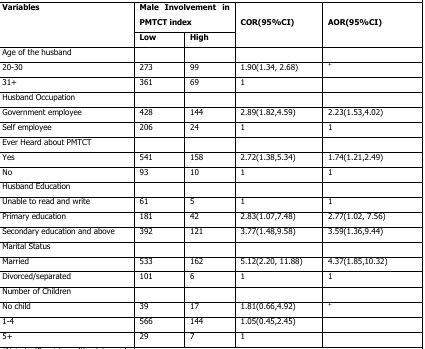
| <ROWSPAN=2> Variables | <COLSPAN=2> Male Involvement in PMTCT index | <ROWSPAN=2> COR(95%CI) | <ROWSPAN=2> AOR(95%CI) |
 | Low | High |
 | --- | --- | --- | --- | --- |
 | Age of the husband |  |  |  |  |
 | 20-30 | 273 | 99 | 1.90(1.34, 2.68) | + |
 | 31+ | 361 | 69 | 1 |  |
 | Husband Occupation |  |  |  |  |
 | Government employee | 428 | 144 | 2.89(1.82,4.59) | 2.23(1.53,4.02) |
 | Self employee | 206 | 24 | 1 | 1 |
 | Ever Heard about PMTCT |  |  |  |  |
 | Yes | 541 | 158 | 2.72(1.38,5.34) | 1.74(1.21,2.49) |
 | No | 93 | 10 | 1 | 1 |
 | Husband Education |  |  |  |  |
 | Unable to read and write | 61 | 5 | 1 | 1 |
 | Primary education | 181 | 42 | 2.83(1.07,7.48) | 2.77(1.02, 7.56) |
 | Secondary education and above | 392 | 121 | 3.77(1.48,9.58) | 3.59(1.36,9.44) |
 | Marital Status |  |  |  |  |
 | Married | 533 | 162 | 5.12(2.20, 11.88) | 4.37(1.85,10.32) |
 | Divorced/separated | 101 | 6 | 1 | 1 |
 | Number of Children |  |  |  |  |
 | No child | 39 | 17 | 1.81(0.66,4.92) | + |
 | 1-4 | 566 | 144 | 1.05(0.45,2.45) |  |
 | 5+ | 29 | 7 | 1 |  |